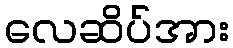
လေဆိပ်အား